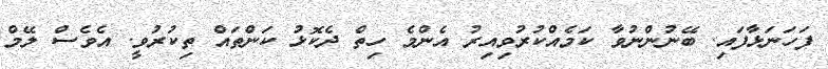
ފަހަނަޅާފައި. ބޭނުންނުވާ ކަމެއްކުރުވިއިރު އެންމެ ހިތް ދެކޮޅު ކަންތައް ތިކުރުވީ. އެވެސް ލޭމް